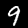
Digit: 9